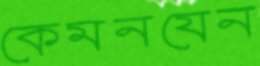
কেমনযেন